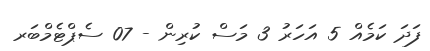
ފަދަ ކަމެއް 5 އަހަރު 3 މަސް ކުރިން - 07 ސެޕްޓެމްބަރ